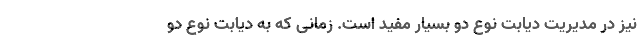
نیز در مدیریت دیابت نوع دو بسیار مفید است. زمانی که به دیابت نوع دو